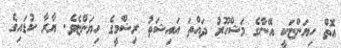
އޮތް ހިޔަންޏަކީ އޭނާގެ މަޝްހޫރު ދައްތަ އައިޝަތު ރިޝްމީގެ ހިޔަންޏެވެ. ޔާރާ ކުޑައިގެ